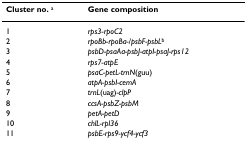
| Cluster no. a | Gene composition |
 | --- | --- |
 | 1 | rps3-rpoC2 |
 | 2 | rpoBb-rpoBa-/psbF-psbLb |
 | 3 | psbD-psaAa-psbJ-atpI-psaJ-rps12 |
 | 4 | rps7-atpE |
 | 5 | psaC-petL-trnN(guu) |
 | 6 | atpA-psbI-cemA |
 | 7 | trnL(uag)-clpP |
 | 8 | ccsA-psbZ-psbM |
 | 9 | petA-petD |
 | 10 | chlL-rpl36 |
 | 11 | psbE-rps9-ycf4-ycf3 |